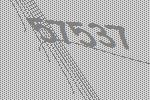
57537